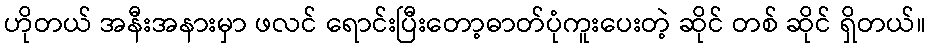
ဟိုတယ် အနီးအနားမှာ ဖလင် ရောင်းပြီးတော့ဓာတ်ပုံကူးပေးတဲ့ ဆိုင် တစ် ဆိုင် ရှိတယ်။